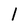
Character: I